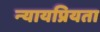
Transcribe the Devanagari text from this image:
न्‍यायप्रियता